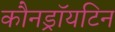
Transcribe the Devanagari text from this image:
कौनड्रॉयटिन